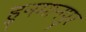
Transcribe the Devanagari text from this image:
हुनमानपुर